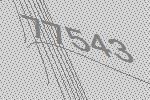
77543